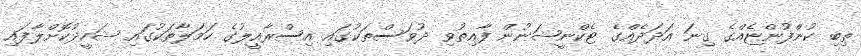
ތިބި ކުންފުންޏެއްގެ ގިނަ އަދަދެއްގެ ޓެކްނީޝަނުން ފާއިތުވި ދުވަސްތަކުގައި އިސްރާއީލުގެ ހަމަލާތަކުގައި ޝަހީދުކޮށްލާފައި